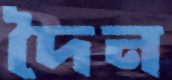
দৈন